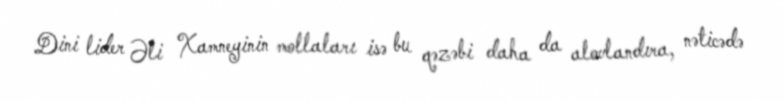
Dini lider Əli Xamneyinin mollaları isə bu qəzəbi daha da alovlandıra, nəticədə